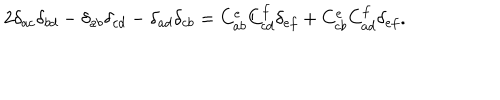
LaTeX: 2 \delta _ { a c } \delta _ { b d } - \delta _ { a b } \delta _ { c d } - \delta _ { a d } \delta _ { c b } = C _ { a b } ^ { e } C _ { c d } ^ { f } \delta _ { e f } + C _ { c b } ^ { e } C _ { a d } ^ { f } \delta _ { e f } .